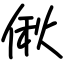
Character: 偢